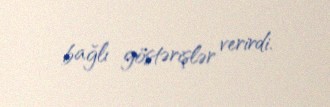
bağlı göstərişlər verirdi.